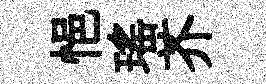
悒瑶芥